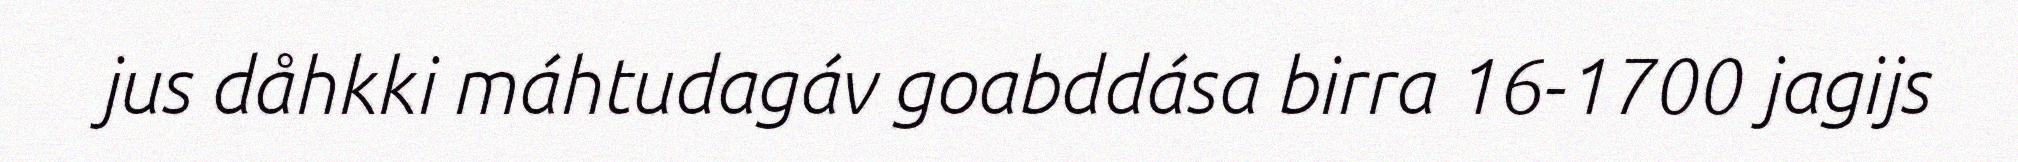
jus dåhkki máhtudagáv goabddása birra 16-1700 jagijs